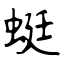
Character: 蜓